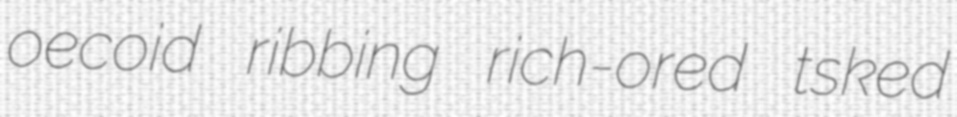
oecoid ribbing rich-ored tsked